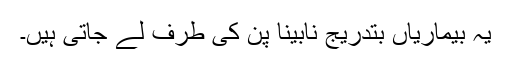
یہ بیماریاں بتدریج نابینا پن کی طرف لے جاتی ہیں۔